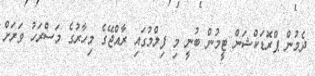
ދެމުން ޕްރޮޑަކްޝަން ޓީމުން ބުނީ މި ފިލްމުގައި ރާއްޖޭގެ މިހާރުގެ މަސްރަހު ވަރަށް